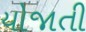
યોજાતી